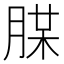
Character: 𦜪